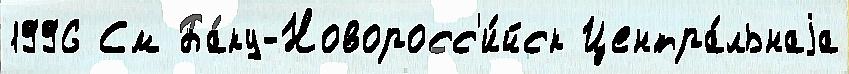
1996 См Ба́ку-Новоросс'и́йск Центра́льнаjа